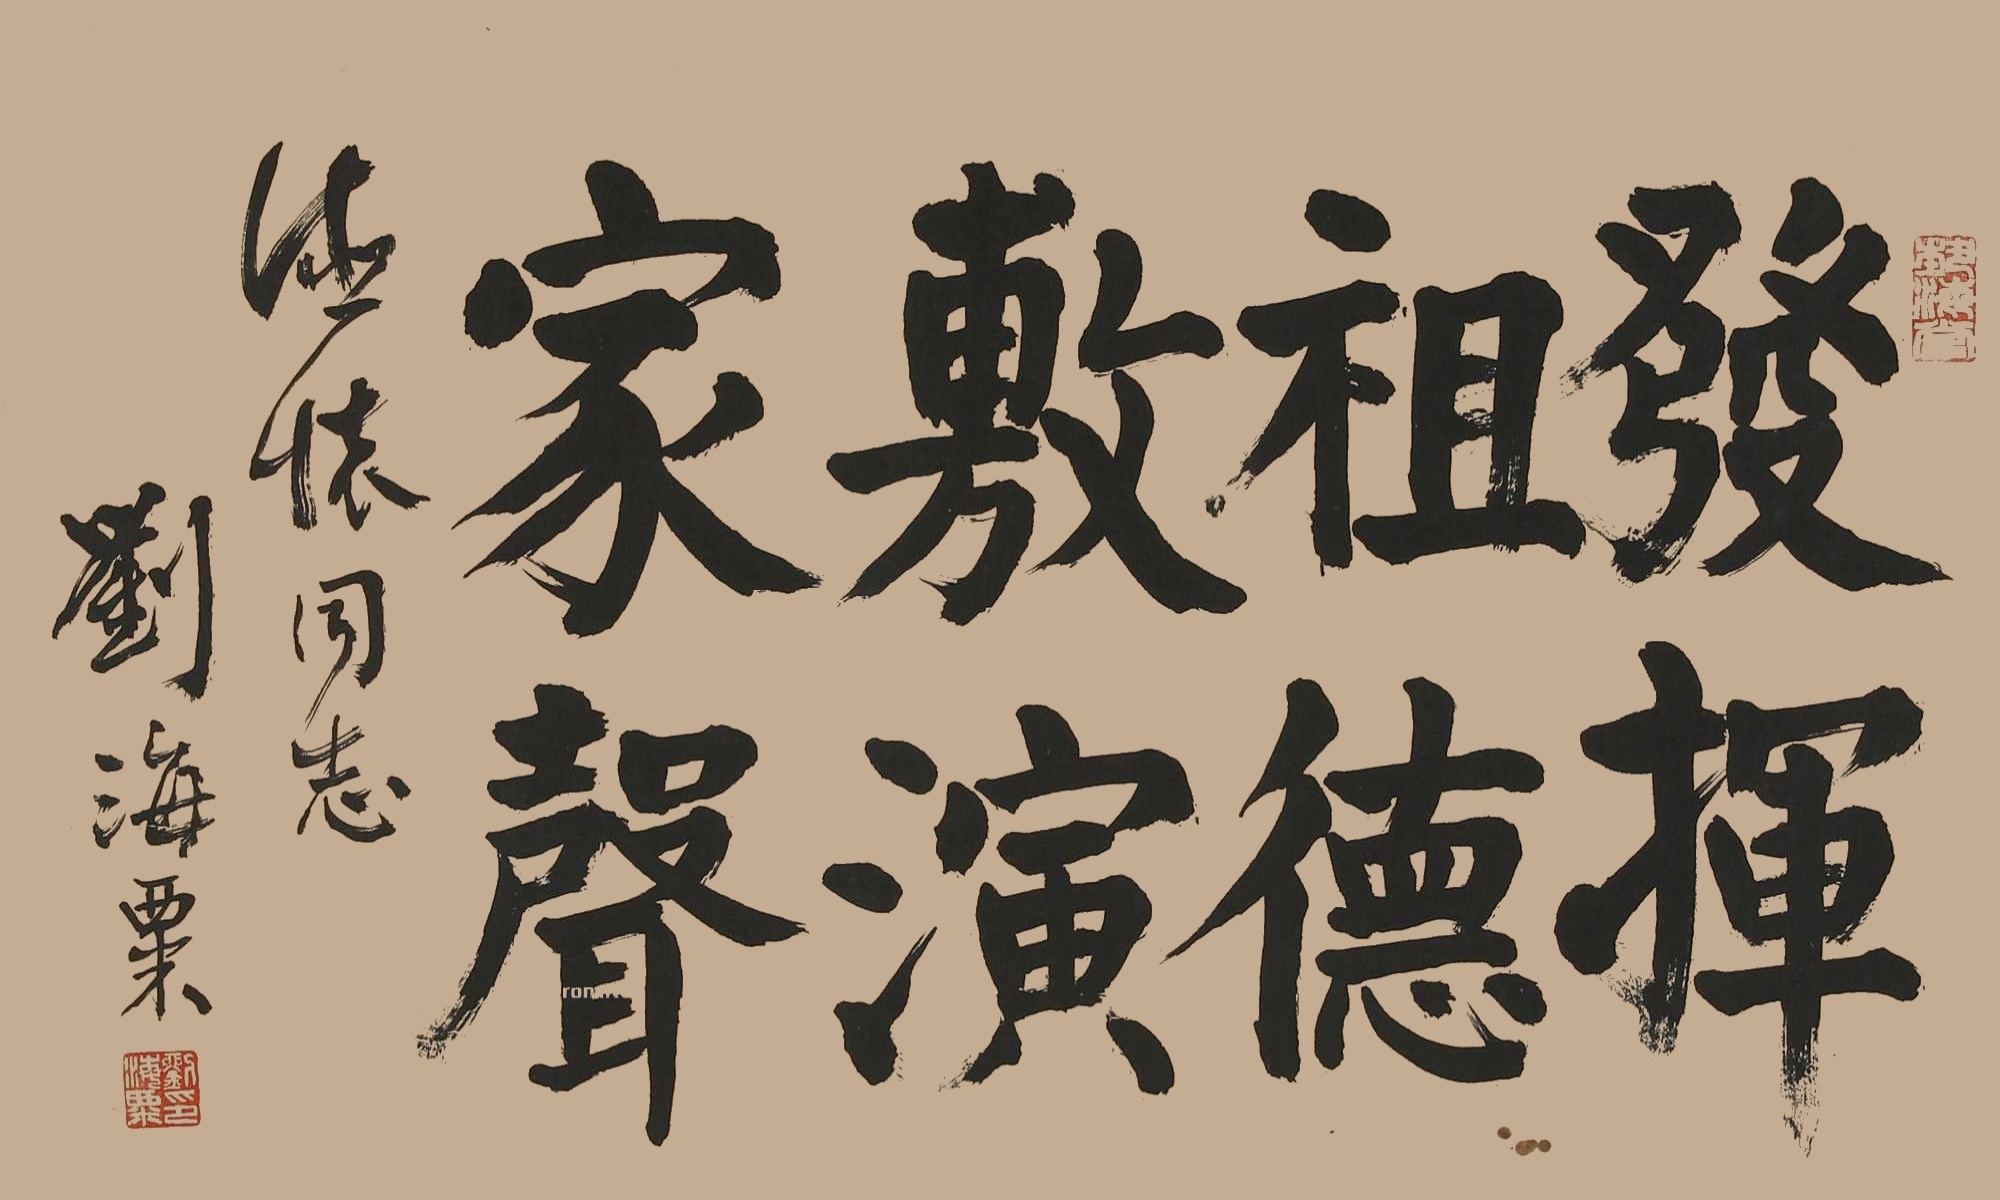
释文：发挥祖德，敷演家声。德怀同志，刘海粟。